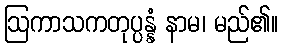
ဩကာသကတုပ္ပန္နံ နာမ၊ မည်၏။